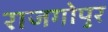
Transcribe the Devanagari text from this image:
राजगोपुर